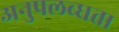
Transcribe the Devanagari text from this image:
अनुपलब्‍धता